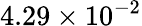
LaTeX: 4.29\times 10^{-2}